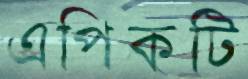
এপিকটি